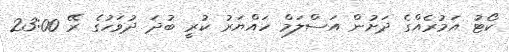
ކޯޓު އަމުރެއްގެ ދަށުން އަސްލަމް ހައްޔަރު ކުރީ ބުދަ ދުވަހުގެ ރޭ 23:00